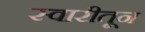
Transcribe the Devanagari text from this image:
स्वारीतून